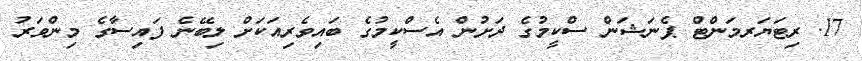
17. ރިޓަޔަރމަންޓް ޕެނަޝަން ސްކީމުގެ ދަށުން އެސްކީމުގެ ބައިވެރިއަކަށް ލިބޭނެ ފައިސާގެ މިންވަރު